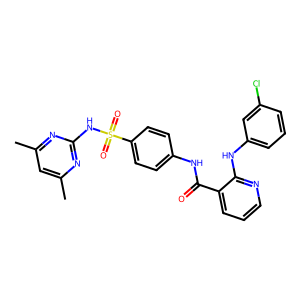
SMILES: Cc1cc(C)nc(NS(=O)(=O)c2ccc(NC(=O)c3cccnc3Nc3cccc(Cl)c3)cc2)n1
Inhibits HIV replication: No